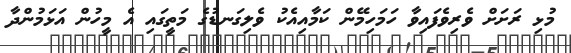
މުޅި ރަށަށް ވެރިވެފައިވާ ހަަމަހިމޭން ކަމާއިއެކު ވެލިގަނޑުގެ މަތީގައި އެ މީހުން އަޅަމުންދާ